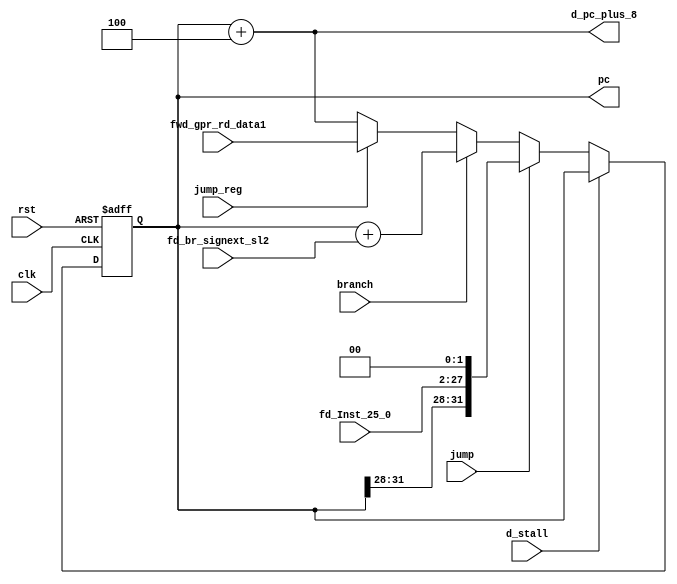

`timescale 1ns/100ps
module pc(clk, rst, fd_br_signext_sl2, fd_Inst_25_0, fwd_gpr_rd_data1, d_stall, jump, branch, jump_reg, pc,d_pc_plus_8);

input clk, rst;
input [31:0] fd_br_signext_sl2;
input [25:0] fd_Inst_25_0;
input [31:0] fwd_gpr_rd_data1;
input d_stall;
input jump;       //J or JAL
input branch;     //Branch - BEQ or BNE
input jump_reg;   //JR
output [31:0] pc;
output [31:0] d_pc_plus_8;

parameter TD = 1;

reg  [31:0] pc_val;
wire [31:0] br_loc, d_pc_plus_4,pc_plus_4;

assign pc_plus_4 = pc_val + 32'd4;                  // Next PC (PC+4) when the instruction  is not brach
assign d_pc_plus_4 = pc_val;                        // Since PC is used in the decode stage, 
                                                    // it is actually PC+4 for the instruction in the decode stage 
assign d_pc_plus_8 = pc_val + 32'd4;                // To calculate PC+8 to be written to GPR[31] 
                                                    // on JAL instruction
assign br_loc    = d_pc_plus_4 + fd_br_signext_sl2; // To calculate branch target


always @ (posedge clk or posedge rst)               //PCSrc Mux
begin
  if (rst==1'b1) begin
    pc_val <= #TD 31'd0;
  end
  else if(d_stall==1'b1) begin
   pc_val  <= #TD pc_val;
  end 
  else if (jump==1'b1) begin  //jump --> J and JAL
    pc_val <= #TD {d_pc_plus_4[31:28],fd_Inst_25_0,2'b00};
  end 
  else if (branch==1'b1) begin
    pc_val <= #TD br_loc;
  end
  else if(jump_reg==1'b1) begin
    pc_val <= #TD fwd_gpr_rd_data1;
  end 
  else begin
    pc_val <= #TD pc_plus_4;
  end
end


assign pc = pc_val;

endmodule